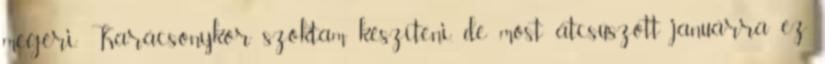
megéri. Karácsonykor szoktam készíteni, de most átcsúszott januárra ez